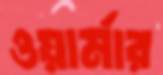
ওয়ার্মার